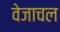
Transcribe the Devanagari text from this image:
वेजाचल